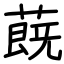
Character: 蔇